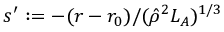
s ^ { \prime } : = - ( r - r _ { 0 } ) / ( \hat { \rho } ^ { 2 } L _ { A } ) ^ { 1 / 3 }